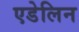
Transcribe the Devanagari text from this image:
एडेलिन